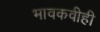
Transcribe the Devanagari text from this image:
भावकवीही